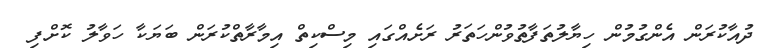
ދުއާކުރަން އެންގުމުން ހިޔާލުތަފާތުވުންހަތަރު ރަށެއްގައި މިސްކިތް އިމާރާތްކުރަން ބަޔަކާ ހަވާލު ކޮށްފި